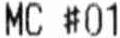
MC #01